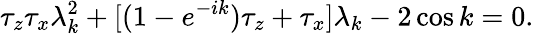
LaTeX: \tau_{z}\tau_{x}\lambda_{k}^{2}+[(1-e^{-ik})\tau_{z}+\tau_{x}]\lambda_{k}-2\cos k=0.